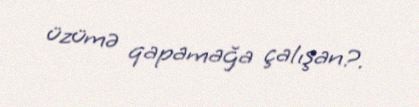
üzümə qapamağa çalışan?.